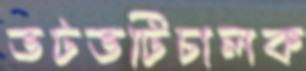
ভটভটিচালক